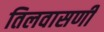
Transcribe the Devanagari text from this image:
तिलवासणी